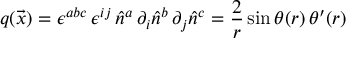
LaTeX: q ( \vec { x } ) = \epsilon ^ { a b c } \, \epsilon ^ { i j } \, \hat { n } ^ { a } \, \partial _ { i } \hat { n } ^ { b } \, \partial _ { j } \hat { n } ^ { c } = \frac { 2 } { r } \sin \theta ( r ) \, \theta ^ { \prime } ( r )